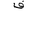
Letter: _fa